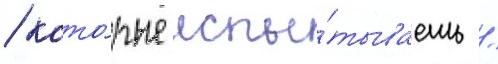
/ кото́рые испы́тываешь /